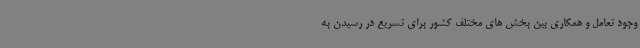
وجود تعامل و همکاری بین بخش های مختلف کشور برای تسریع در رسیدن به